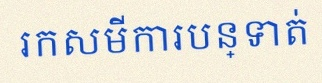
រកសមីការបន្ទាត់